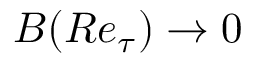
B ( R e _ { \tau } ) \rightarrow 0